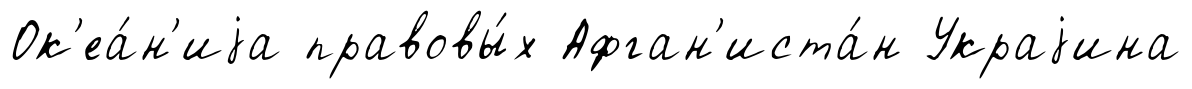
Ок'еа́н'иjа правовы́х Афган'иста́н Украjина